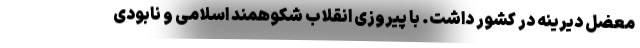
معضل دیرینه در کشور داشت. با پیروزی انقلاب شکوهمند اسلامی و نابودی